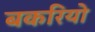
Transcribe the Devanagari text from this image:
बकरियो